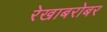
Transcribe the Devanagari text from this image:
रेखाबरोबर